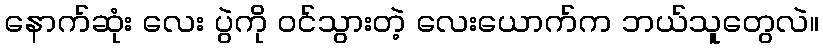
နောက်ဆုံး လေး ပွဲကို ဝင်သွားတဲ့ လေးယောက်က ဘယ်သူတွေလဲ။